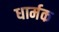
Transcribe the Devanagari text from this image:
धार्मक